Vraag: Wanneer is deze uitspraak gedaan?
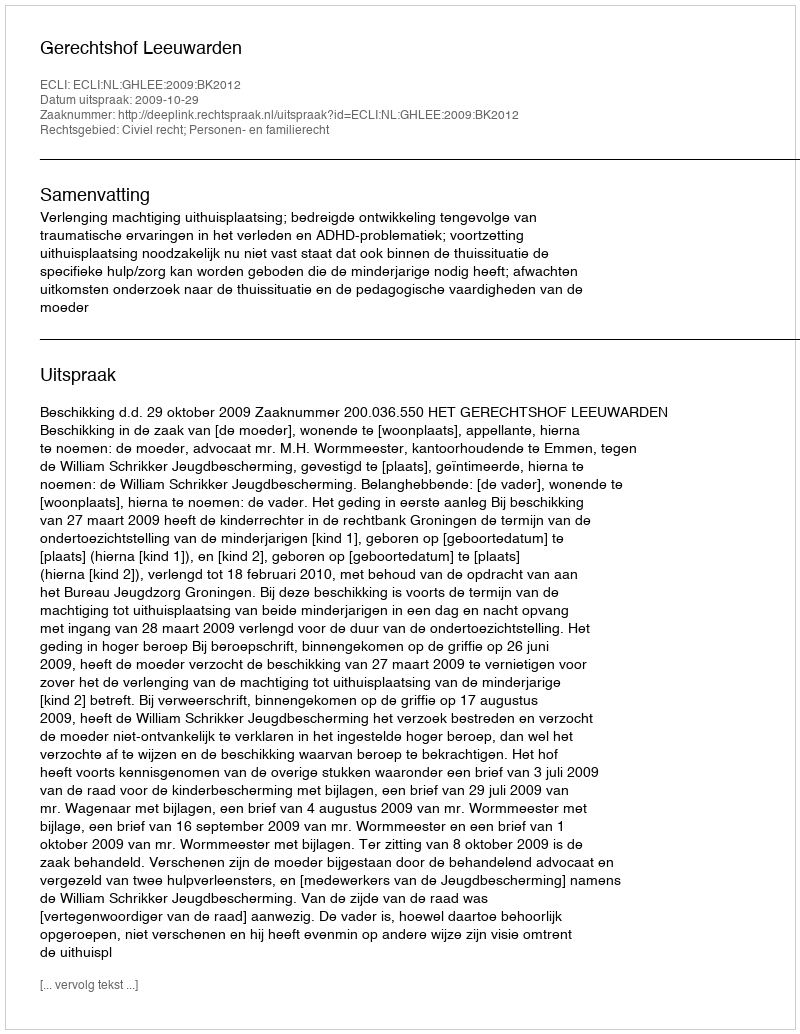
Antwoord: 2009-10-29